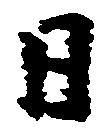
日